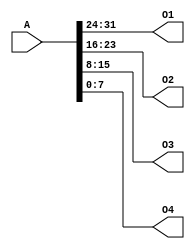
`timescale 1ns / 1ps
//////////////////////////////////////////////////////////////////////////////////
// Company: 
// Engineer: 
// 
// Design Name: 
// Module Name:    splitter 
// Project Name: 
// Target Devices: 
// Tool versions: 
// Description: 
//
// Dependencies: 
//
// Revision: 
// Revision 0.01 - File Created
// Additional Comments: 
//
//////////////////////////////////////////////////////////////////////////////////
module splitter(
    input [31:0] A,
    output [7:0] O1,
    output [7:0] O2,
    output [7:0] O3,
    output [7:0] O4
    );
	 
	assign O1 = A[31:24];
	assign O2 = A[23:16];
	assign O3 = A[15:8];
	assign O4 = A[7:0];
 

endmodule